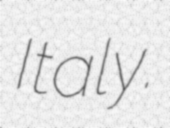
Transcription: Italy.